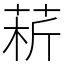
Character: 菥